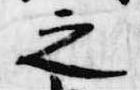
之